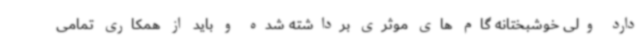
دارد ولی خوشبختانه گام های موثری برداشته شده و باید از همکاری تمامی